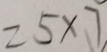
= 5 \times 7